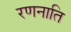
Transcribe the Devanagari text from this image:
रणनाति